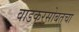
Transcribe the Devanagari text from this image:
वाडकरसोबतचा